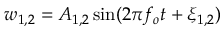
w _ { 1 , 2 } = A _ { 1 , 2 } \sin ( 2 \pi f _ { o } t + \xi _ { 1 , 2 } )